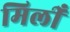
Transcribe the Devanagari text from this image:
मिलीँ